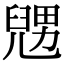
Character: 𠒰